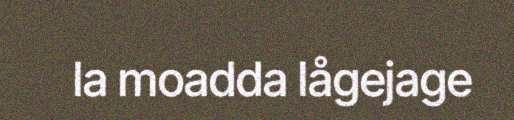
la moadda lågejage